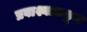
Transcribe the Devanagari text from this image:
प्रवाश्याकडून